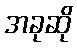
အခုဆို